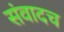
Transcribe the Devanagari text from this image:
संवादच